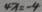
4 x = - 4